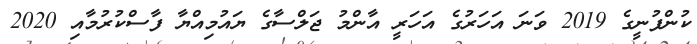
ކުންފުނީގެ 2019 ވަނަ އަހަރުގެ އަހަރީ އާންމު ޖަލްސާގެ ޔައުމިއްޔާ ފާސްކުރުމާއި 2020